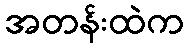
အတန်းထဲက